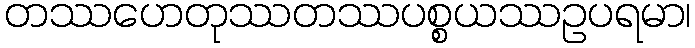
တဿဟေတုဿတဿပစ္စယဿဥပရမာ၊